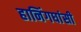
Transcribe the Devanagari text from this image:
हानिंगघांसी